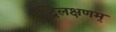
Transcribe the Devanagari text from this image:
बुद्धिलक्षणम्‌